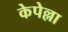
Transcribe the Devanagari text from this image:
केपेल्ला